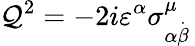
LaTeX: \mathcal{Q}^{2}=-2i\varepsilon^{\alpha}\sigma_{\alpha\stackrel{.}{\beta}}^{\mu}\,